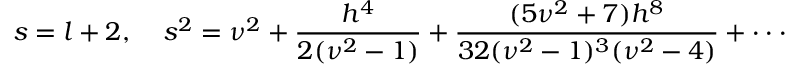
s = l + 2 , \; \; \; \; s ^ { 2 } = \nu ^ { 2 } + \frac { h ^ { 4 } } { 2 ( \nu ^ { 2 } - 1 ) } + \frac { ( 5 \nu ^ { 2 } + 7 ) h ^ { 8 } } { 3 2 ( \nu ^ { 2 } - 1 ) ^ { 3 } ( \nu ^ { 2 } - 4 ) } + \cdot \cdot \cdot